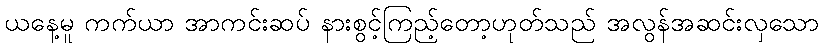
ယနေ့မူ ကက်ယာ အာကင်းဆပ် နားစွင့်ကြည့်တော့ဟုတ်သည် အလွန်အဆင်းလှသော